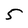
Character: 5